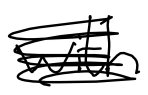
Text: with
Cross-out: scratch
Writing tool: digital_black